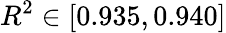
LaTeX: R^{2}\in[0.935,0.940]